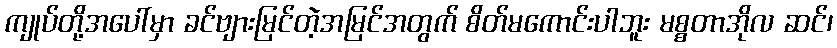
ကျုပ်တို့အပေါ်မှာ ခင်ဗျားမြင်တဲ့အမြင်အတွက် စိတ်မကောင်းပါဘူး မစ္စတာအိုလ ဆင်၊